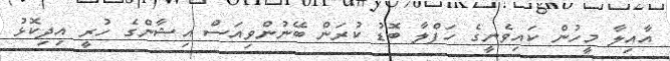
އާއިލާ މީހުން ކައިވެނީގެ ހަފްލާ ބޮޑު ކުރަން ބޭނުންވިއަސް އިޝާންގެ ހުރީ އިދިކޮޅު